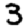
Digit: 3